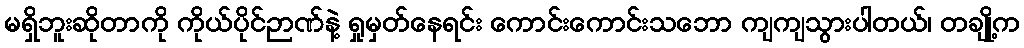
မရှိဘူးဆိုတာကို ကိုယ်ပိုင်ဉာဏ်နဲ့ ရှုမှတ်နေရင်း ကောင်းကောင်းသဘော ကျကျသွားပါတယ်၊ တချို့က